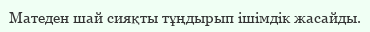
Матеден шай сияқты тұңдырып ішімдік жасайды.